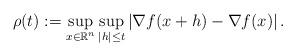
LaTeX: \begin{align*}\rho(t):=\sup_{x\in\mathbb{R}^n}\sup_{|h|\leq t}\left|\nabla f(x+h)-\nabla f(x)\right|.\end{align*}